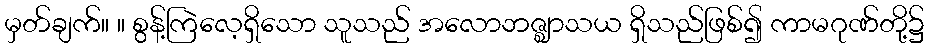
မှတ်ချက်။ ။ စွန့်ကြဲလေ့ရှိသော သူသည် အလောဘဇ္ဈာသယ ရှိသည်ဖြစ်၍ ကာမဂုဏ်တို့၌